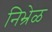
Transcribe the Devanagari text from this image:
निभ्रेळ